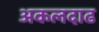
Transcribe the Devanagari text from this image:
अकलदाढ